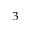
^ 3